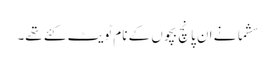
سشما نے ان پانچ بچوں کے نام ٹویٹ کئے تھے۔